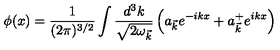
\phi ( x ) = \frac { 1 } { ( 2 \pi ) ^ { 3 / 2 } } \int \frac { d ^ { 3 } k } { \sqrt { 2 { \omega } _ { \vec { k } } } } \left( a _ { \vec { k } } e ^ { - i k x } + a _ { \vec { k } } ^ { + } e ^ { i k x } \right)